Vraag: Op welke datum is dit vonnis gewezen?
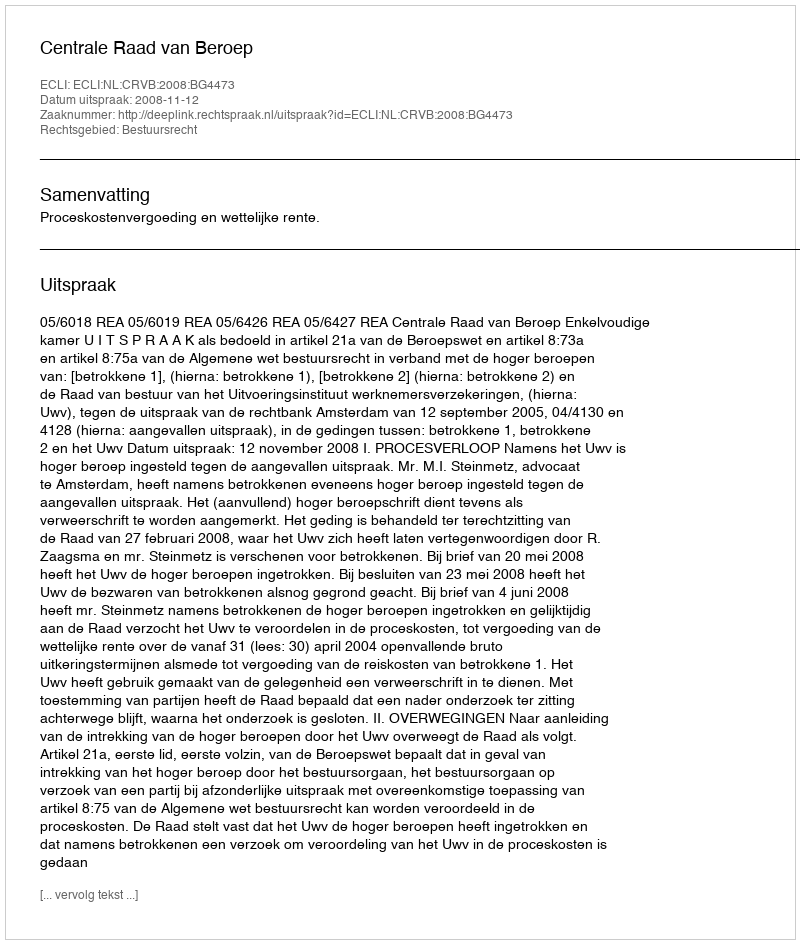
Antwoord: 2008-11-12